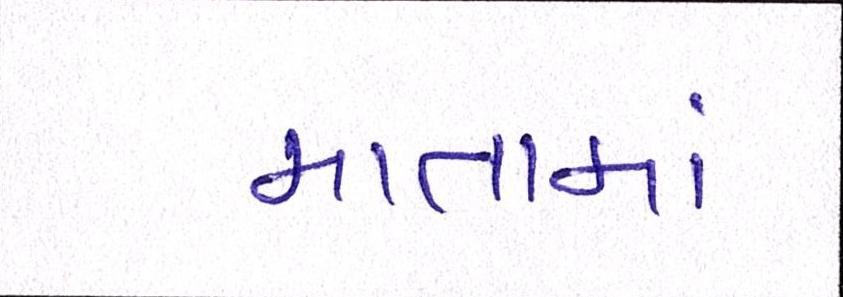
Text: માતામાં